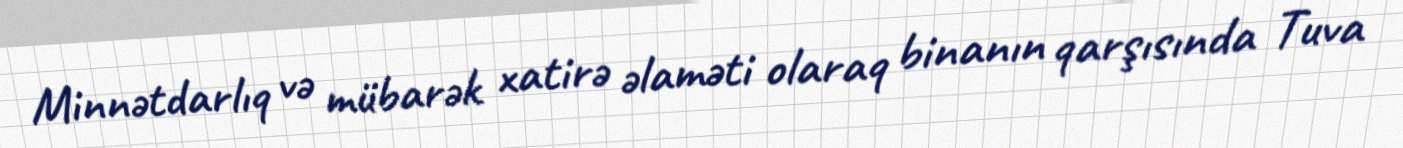
Minnətdarlıq və mübarək xatirə əlaməti olaraq binanın qarşısında Tuva